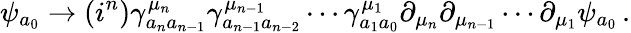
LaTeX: \psi_{a_{0}}\rightarrow(i^{n})\gamma_{a_{n}a_{n-1}}^{\mu_{n}}\gamma_{a_{n-1}a_{n-2}}^{\mu_{n-1}}\cdots\gamma_{a_{1}a_{0}}^{\mu_{1}}\partial_{\mu_{n}}\partial_{\mu_{n-1}}\cdots\partial_{\mu_{1}}\psi_{a_{0}}\, .